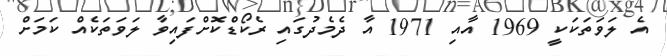
އެ ލަވަތަކަކީ 1969 އާއި 1971 އާ ދެމެދުގައި ރެކޯޑްކޮށްފައިވާ ލަވަތަކެއް ކަަމަށް